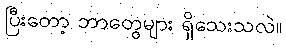
ပြီးတော့ ဘာတွေများ ရှိသေးသလဲ။